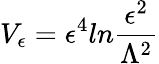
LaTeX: V_{\epsilon}=\epsilon^{4}ln{\frac{\epsilon^{2}}{\Lambda^{2}}}